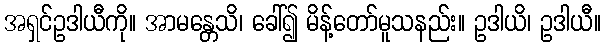
အရှင်ဥဒါယီကို။ အာမန္တေသိ၊ ခေါ်၍ မိန့်တော်မူသနည်း။ ဥဒါယိ၊ ဥဒါယီ။